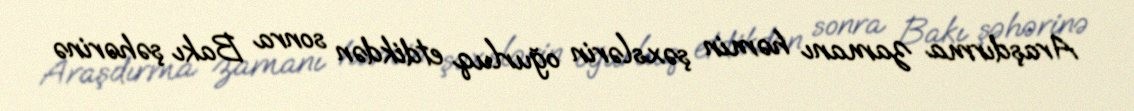
Araşdırma zamanı həmin şəxslərin oğurluq etdikdən sonra Bakı şəhərinə